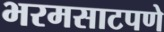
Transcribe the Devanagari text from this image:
भरमसाटपणे